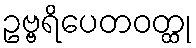
ဥဗ္ဗရိပေတဝတ္ထု